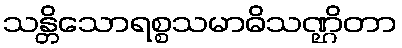
သန္တိသောရစ္စသမာဓိသဏ္ဌိတာ